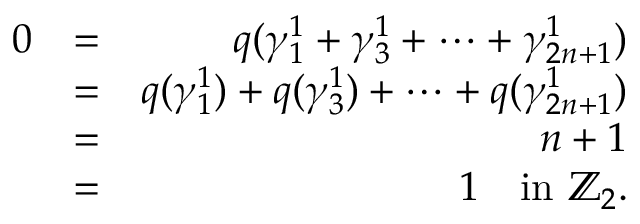
\begin{array} { r l r } { 0 } & { = } & { q ( \gamma _ { 1 } ^ { 1 } + \gamma _ { 3 } ^ { 1 } + \cdots + \gamma _ { 2 n + 1 } ^ { 1 } ) } \\ & { = } & { q ( \gamma _ { 1 } ^ { 1 } ) + q ( \gamma _ { 3 } ^ { 1 } ) + \cdots + q ( \gamma _ { 2 n + 1 } ^ { 1 } ) } \\ & { = } & { n + 1 } \\ & { = } & { 1 \quad \mathrm { i n ~ } \mathbb { Z } _ { 2 } . } \end{array}